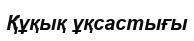
Құқық ұқсастығы